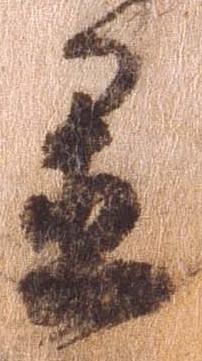
置